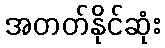
အတတ်နိုင်ဆုံး